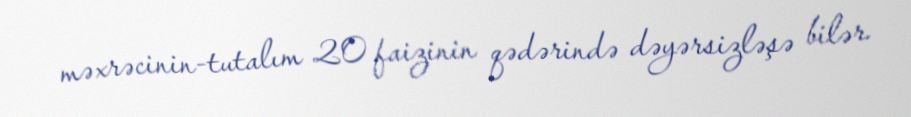
məxrəcinin-tutalım 20 faizinin qədərində dəyərsizləşə bilər.